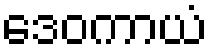
ဒေဝကာယံ